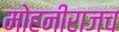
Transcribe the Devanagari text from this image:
मोहनीराजच